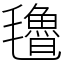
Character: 氌